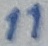
Text: 11